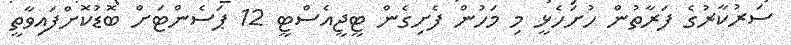
ސަރުކާރުގެ ފަރާތުން ހުށަހެޅީ މި މަހުން ފެށިގެން ޓީޖީއެސްޓީ 12 ޕަސެންޓަށް ބޮޑުކޮށްފައިވާތީ